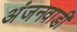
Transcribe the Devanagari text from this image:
अंजनवाडी